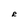
Character: R